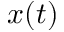
x ( t )